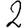
Digit: 2